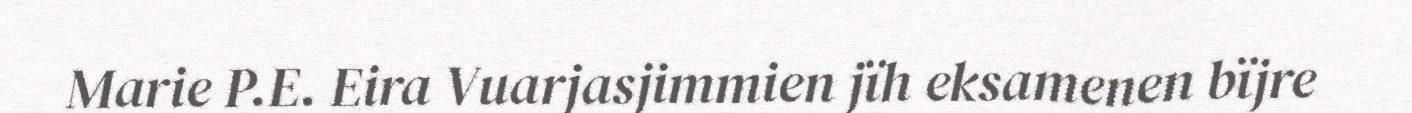
Marie P.E. Eira Vuarjasjimmien jïh eksamenen bïjre